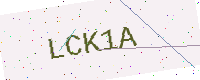
Text: LCK1A